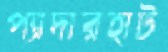
প্যাদারহাট